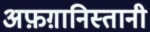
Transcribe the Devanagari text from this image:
अफ़ग़ानिस्तानी